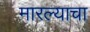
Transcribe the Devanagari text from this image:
मारल्याचा